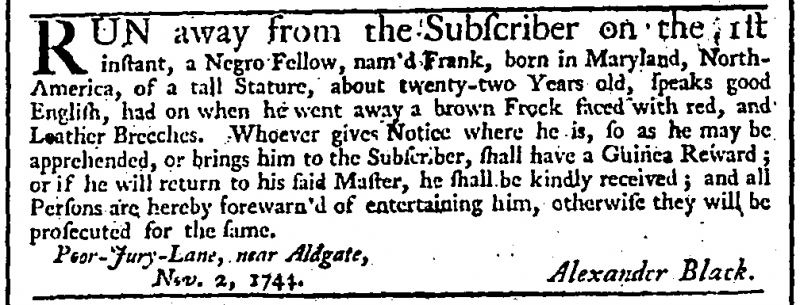
Daily Advertiser, 3 November 1744 (England)
RUN away from the Subscriber on the 1st instant, a Negro Fellow, nam’d Frank, born in Maryland, North America, of a tall Stature, about twenty-two Years old, speaks good English, had on when he went away a brown Frock faced with red, and Leather Breeches. Whoever gives Notice where he is, so as he may be apprehended, or brings him to the Subscriber, shall have a Guinea Reward; or if he will return to his said Master, he shall be kindly received; and all Persons are hereby forewarn’d of entertaining him, otherwise they will be prosecuted for the same.  Poor-Jury-Lane, near Aldgate,                Nov. 2, 1744.                   Alexander Black.